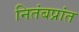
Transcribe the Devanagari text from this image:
नितंबप्रांत